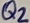
Text: Q2